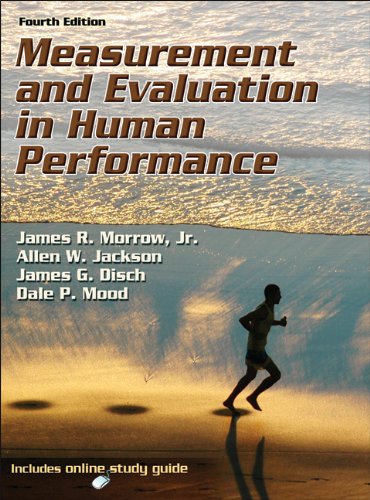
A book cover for Measurement and Evaluation in Human Performance With Web Study Guide-4th Edition; James Morrow  Jr.; Science & Math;